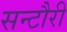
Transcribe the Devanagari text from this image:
सन्टौरी